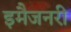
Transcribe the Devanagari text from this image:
इमैजनरी